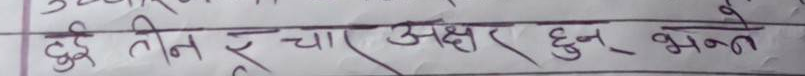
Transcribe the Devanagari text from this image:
दुई तीन र चार अक्षर हुन् भन्ने